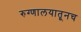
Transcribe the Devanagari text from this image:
रुग्णालयातूनच